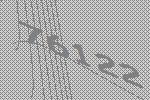
76122